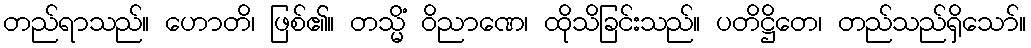
တည်ရာသည်။ ဟောတိ၊ ဖြစ်၏။ တသ္မိံ ဝိညာဏေ၊ ထိုသိခြင်းသည်။ ပတိဋ္ဌိတေ၊ တည်သည်ရှိသော်။